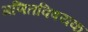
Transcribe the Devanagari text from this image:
गणितविषयक